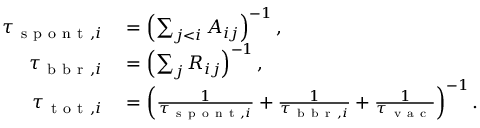
\begin{array} { r l } { \tau _ { \mathrm { ~ s ~ p ~ o ~ n ~ t ~ } , i } } & { { } = \left( \sum _ { j < i } A _ { i j } \right) ^ { - 1 } , } \\ { \tau _ { \mathrm { ~ b ~ b ~ r ~ } , i } } & { { } = \left( \sum _ { j } R _ { i j } \right) ^ { - 1 } , } \\ { \tau _ { \mathrm { ~ t ~ o ~ t ~ } , i } } & { { } = \left( \frac { 1 } { \tau _ { \mathrm { ~ s ~ p ~ o ~ n ~ t ~ } , i } } + \frac { 1 } { \tau _ { \mathrm { ~ b ~ b ~ r ~ } , i } } + \frac { 1 } { \tau _ { \mathrm { ~ v ~ a ~ c ~ } } } \right) ^ { - 1 } . } \end{array}